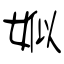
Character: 娰